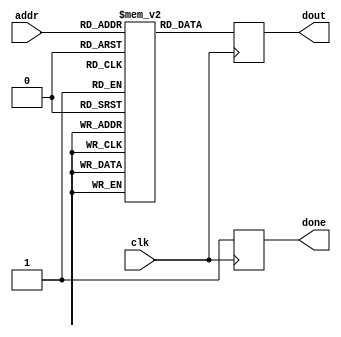
/* charset = ascii */	
module ROM_behavior(clk,addr,dout,done);
  input clk;
  input [7:0] addr;
  output [7:0] dout;
  output reg done;
  reg[7:0] dout,rom[0:255];
  always@(posedge clk) begin
    dout <= rom[addr];
	done <= 1;
  end
  /**---------**/
  initial begin
   rom[0] = 8'b00_100101;
   rom[1] = 123;
   rom[2] = 34;
   rom[3] = 38;
   rom[4] = 78;
  end
endmodule